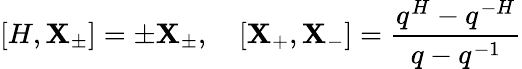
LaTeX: [H,\mathbf{X}_{\pm}]=\pm\mathbf{X}_{\pm},\quad[\mathbf{X}_{+},\mathbf{X}_{-}]=\frac{{q^{H}-q^{-H}}}{{q-q^{-1}}}